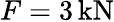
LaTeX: F=3\, \mathrm{kN}